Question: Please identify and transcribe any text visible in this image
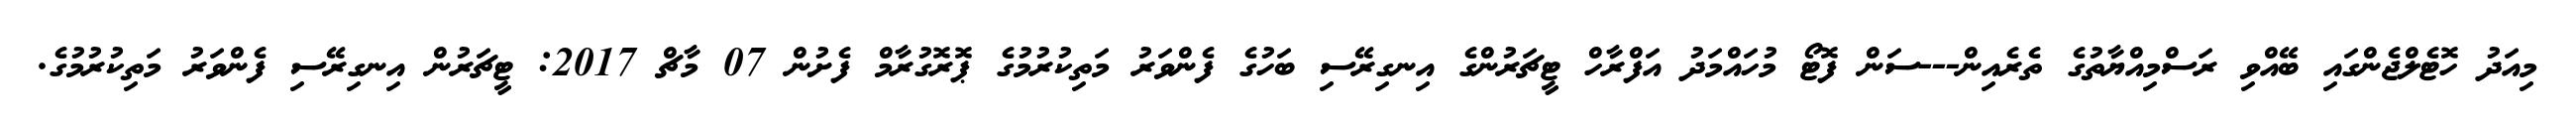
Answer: މިއަދު ހޮޓެލްޖެންގައި ބޭއްވި ރަސްމިއްޔާތުގެ ތެރެއިން---ސަން ފޮޓޯ މުހައްމަދު އަފްރާހް ޓީޗަރުންގެ އިނގިރޭސި ބަހުގެ ފެންވަރު މަތިކުރުމުގެ ޕޮރޮގުރާމް ފެށުން 07 މާޗް 2017: ޓީޗަރުން އިނގިރޭސި ފެންވަރު މަތިކުރުމުގެ.